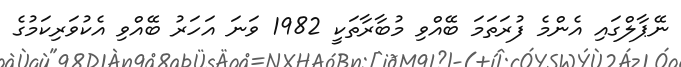
ނޭޕާލްގައި އެންމެ ފުރަތަމަ ބޭއްވި މުބާރާތަކީ 1982 ވަނަ އަހަރު ބޭއްވި އެކުވަރިކަމުގެ